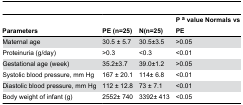
<table><thead><tr><td><b>Parameters</b></td><td><b>PE (n=25)</b></td><td><b>N(n=25)</b></td><td><b>P <sup>a</sup> value Normals vs PE</b></td></tr></thead><tbody><tr><td>Maternal age </td><td>30.5 ± 5.7</td><td>30.5±3.5</td><td>&gt;0.05</td></tr><tr><td>Proteinuria (g/day)</td><td>&gt;0.3</td><td>&lt;0.3</td><td>&lt;0.01</td></tr><tr><td>Gestational age (week)</td><td>35.2±3.7</td><td>39.0±1.2</td><td>&gt;0.05</td></tr><tr><td>Systolic blood pressure, mm Hg</td><td>167 ± 20.1</td><td>114± 6.8</td><td>&lt;0.01</td></tr><tr><td>Diastolic blood pressure, mm Hg</td><td>112 ± 12.8</td><td>73 ± 7.1</td><td>&lt;0.01</td></tr><tr><td>Body weight of infant (g)</td><td>2552± 740</td><td>3392± 413</td><td>&lt;0.05</td></tr></tbody></table>